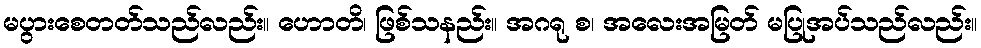
မပွားစေတတ်သည်လည်း။ ဟောတိ၊ ဖြစ်သနည်း။ အဂရု စ၊ အလေးအမြတ် မပြုအပ်သည်လည်း။